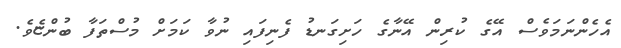
އެހެންނަމަވެސް އޭގެ ކުރިން އޭނާގެ ހަށިގަނޑު ފެނިފައި ނުވާ ކަމަށް މުސްތަފާ ބުންޏެވެ.